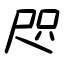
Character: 咫